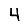
Digit: 4